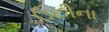
ઉછીના